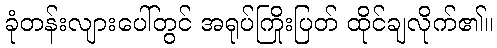
ခုံတန်းလျားပေါ်တွင် အရုပ်ကြိုးပြတ် ထိုင်ချလိုက်၏။